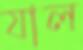
যাল